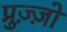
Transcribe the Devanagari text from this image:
प्रुज़्ज़ो